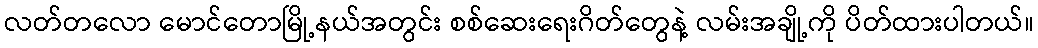
လတ်တလော မောင်တောမြို့နယ်အတွင်း စစ်ဆေးရေးဂိတ်တွေနဲ့ လမ်းအချို့ကို ပိတ်ထားပါတယ်။